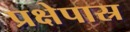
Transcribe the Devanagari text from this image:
प्रक्षेपास्र